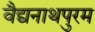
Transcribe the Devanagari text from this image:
वैद्यनाथपुरम